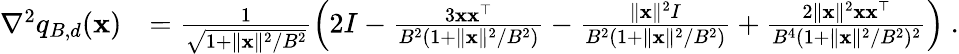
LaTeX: \begin{array}{rl}{\nabla^{2}q_{B,d}({\mathbf x})}&{=\frac{1}{\sqrt{1+\| {\mathbf x}\| ^{2}/B^{2}}}\left(2I-\frac{3{\mathbf x}{\mathbf x}^{\top}}{B^{2}(1+\| {\mathbf x}\| ^{2}/B^{2})}-\frac{\| {\mathbf x}\| ^{2}I}{B^{2}(1+\| {\mathbf x}\| ^{2}/B^{2})}+\frac{2\| {\mathbf x}\| ^{2}{\mathbf x}{\mathbf x}^{\top}}{B^{4}(1+\| {\mathbf x}\| ^{2}/B^{2})^{2}}\right)~.}\end{array}